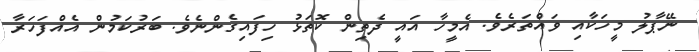
ނޭޕާލު މީހަކާއި ވައްތަރެވެ. އެމީހާ އައީ ދެތިން ކޮތަޅު ހިފައިގެންނެވެ. ބަރުކަމުން އެއްފަހަރާ